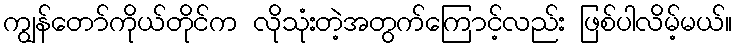
ကျွန်တော်ကိုယ်တိုင်က လိုသုံးတဲ့အတွက်ကြောင့်လည်း ဖြစ်ပါလိမ့်မယ်။